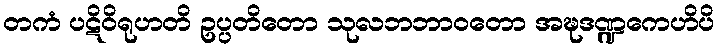
တကံ ပဋိဝိရုဟတိ ဥပ္ပတိတော သုလဘဘာဝတော အဍ္ဎဒဏ္ဍကေဟိပိ